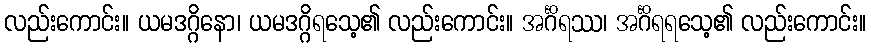
လည်းကောင်း။ ယမဒဂ္ဂိနော၊ ယမဒဂ္ဂိရသေ့၏ လည်းကောင်း။ အင်္ဂိရဿ၊ အင်္ဂိရရသေ့၏ လည်းကောင်း။